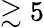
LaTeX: \gtrsim 5